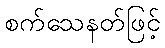
စက်သေနတ်ဖြင့်